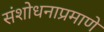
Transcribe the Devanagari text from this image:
संशोधनाप्रमाणे